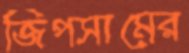
জিপসামের